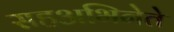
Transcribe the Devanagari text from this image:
सहअभिनेते